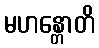
မဟန္တောတိ